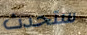
ستحدث